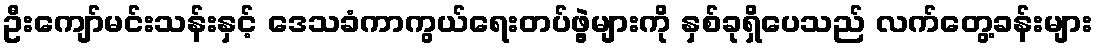
ဦးကျော်မင်းသန်းနှင့် ဒေသခံကာကွယ်ရေးတပ်ဖွဲ့များကို နှစ်ခုရှိပေသည် လက်တွေ့ခန်းများ